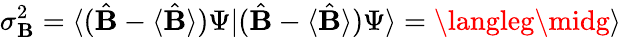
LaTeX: \sigma_{\mathbf{B}}^{2}=\langle({\hat{{\mathbf{B}}}}-\langle{\hat{{\mathbf{B}}}}\rangle)\Psi|({\hat{{\mathbf{B}}}}-\langle{\hat{{\mathbf{B}}}}\rangle)\Psi\rangle=\langleg\midg\rangle